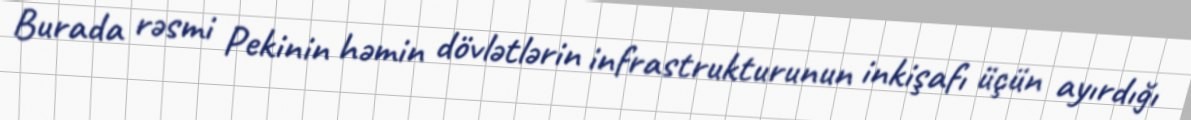
Burada rəsmi Pekinin həmin dövlətlərin infrastrukturunun inkişafı üçün ayırdığı